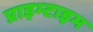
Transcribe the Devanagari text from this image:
प्राइम्टाइम